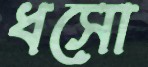
ধসো